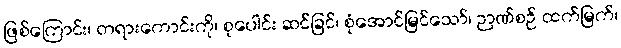
ဖြစ်ကြောင်း၊ တရားကောင်းကို၊ စုပေါင်း ဆင်ခြင်၊ စုံအောင်မြင်သော်၊ ဉာဏ်စဉ် ထက်မြက်၊